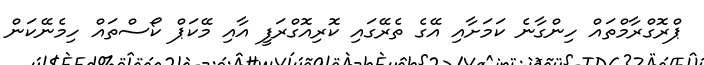
ޕްރޮގްރާމްތައް ހިންގާނެ ކަމަށާއި އޭގެ ތެރޭގައި ކޮރިއޮގްރަފީ އާއި މޭކަޕް ކޯސްތައް ހިމެނޭކަން